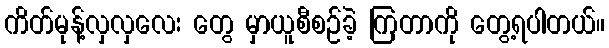
ကိတ်မုန့်လှလှလေး တွေ မှာယူစီစဉ်ခဲ့ ကြတာကို တွေ့ရပါတယ်။